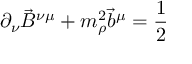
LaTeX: \partial _ { \nu } { \vec { B } } ^ { \nu \mu } + m _ { \rho } ^ { 2 } { \vec { b } } ^ { \mu } = \frac { 1 } { 2 }